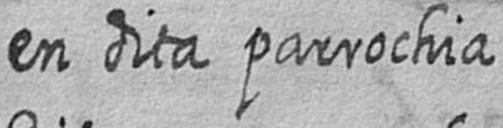
en dita parrochia